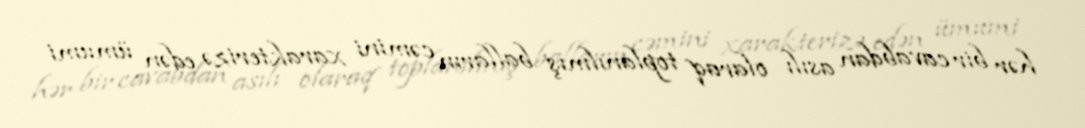
hər bir cavabdan asılı olaraq toplanılmış balların cəmini xarakterizə edən ümumi